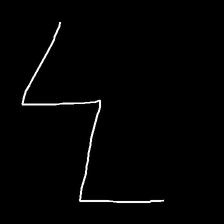
Glyph: crush